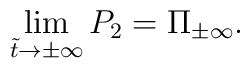
\lim_{\tilde{t}\to\pm\infty}P_2 = \Pi_{\pm\infty}.